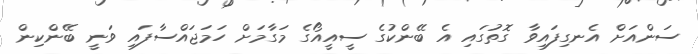
ސަންއަށް އެނގިފައިވާ ގޮތުގައި އެ ބޭންކުގެ ސީއީއޯގެ މަގާމަށް ހަމަޖައްސާފައި ވަނީ ބޭންކިން